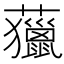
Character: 𧄵